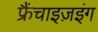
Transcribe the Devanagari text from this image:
फ्रैंचाइज़इंग